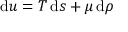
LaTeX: \mathrm { d } u = T \, \mathrm { d } s + \mu \, \mathrm { d } \rho